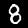
Label: 8